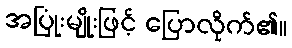
အပြုံးမျိုးဖြင့် ပြောလိုက်၏။